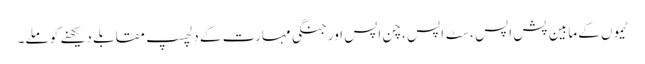
ٹیموں کے مابین پش اپس ، سِٹ اپس ، چن اپس اور جنگی مہارت کے دلچسپ مقابلے دیکھنے کو ملے۔